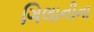
ગિલાનીના